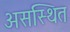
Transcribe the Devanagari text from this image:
असस्थित